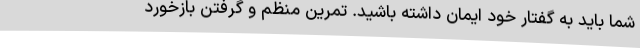
شما باید به گفتار خود ایمان داشته باشید. تمرین منظم و گرفتن بازخورد